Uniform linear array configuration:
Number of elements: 48
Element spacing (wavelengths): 1
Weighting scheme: cosine
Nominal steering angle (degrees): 30
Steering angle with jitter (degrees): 29.435
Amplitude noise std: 0.05
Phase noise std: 0.05

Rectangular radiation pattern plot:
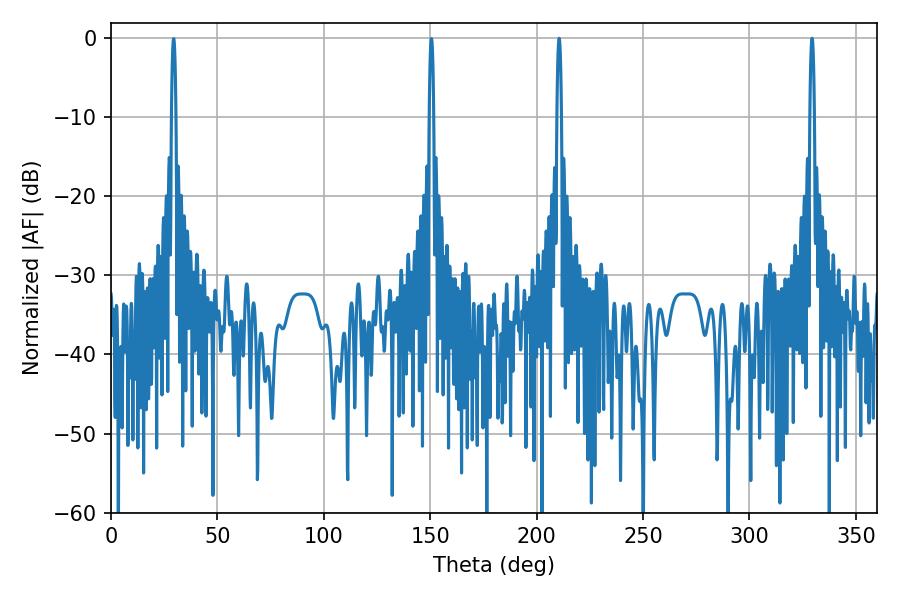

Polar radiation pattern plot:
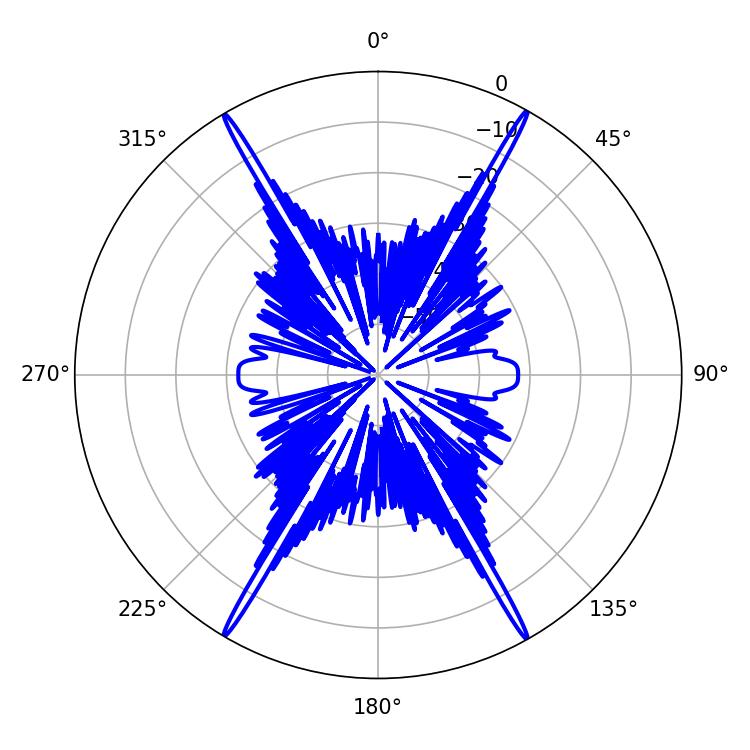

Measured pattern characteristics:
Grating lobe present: TRUE
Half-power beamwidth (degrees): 1.08
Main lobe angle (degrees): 210.6